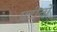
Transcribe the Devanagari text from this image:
प्रटीनों